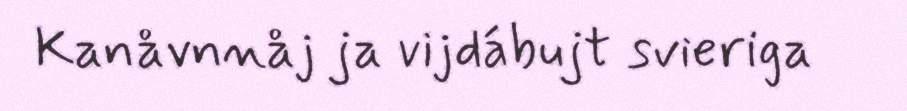
Kanåvnnåj ja vijdábujt svieriga